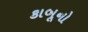
કાબૂનો